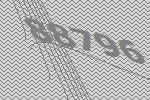
88796